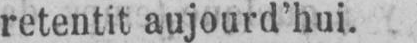
retentit aujourd’hui.